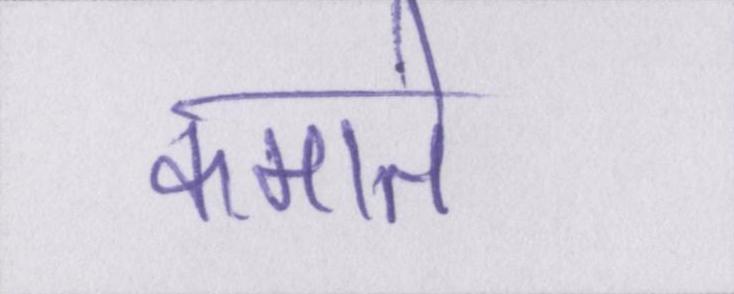
कमाते